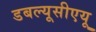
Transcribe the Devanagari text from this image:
डबल्यूसीएयू